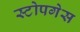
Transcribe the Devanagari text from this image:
स्टोपगेस